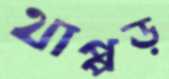
থাপ্পড়